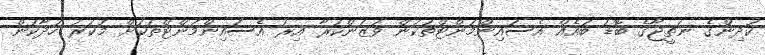
ކުދިންގެ ނަތީޖާގެ ބޮޑު ބައެއް އެސައިންމަންޓްތަކުން ވަޒަންކުރާ އިރު އެސައިންމަންޓްތަކަށް މަކަރު ހަދާކަން